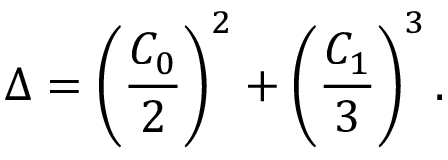
\Delta = \left( \frac { C _ { 0 } } { 2 } \right) ^ { 2 } + \left( \frac { C _ { 1 } } { 3 } \right) ^ { 3 } .